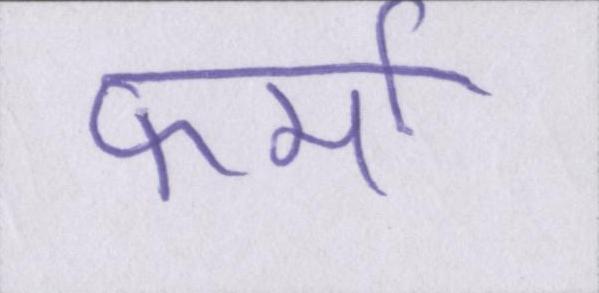
फर्मा